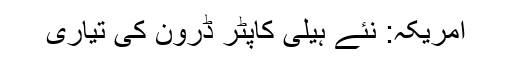
امریکہ: نئے ہیلی کاپٹر ڈرون کی تیاری